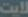
لايت